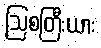
ဩစတြီးယား